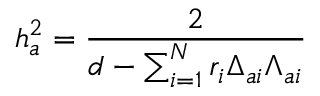
h _ { a } ^ { 2 } = { \frac { 2 } { d - \sum _ { i = 1 } ^ { N } r _ { i } \Delta _ { a i } \Lambda _ { a i } } }